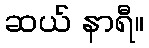
ဆယ် နာရီ။